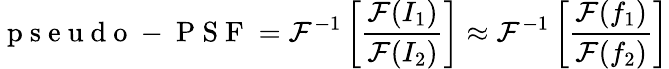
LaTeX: \mathrm{~p~s~e~u~d~o~-~P~S~F~}=\mathcal{F}^{-1}\left[\frac{\mathcal{F}(I_{1})}{\mathcal{F}(I_{2})}\right]\approx\mathcal{F}^{-1}\left[\frac{\mathcal{F}(f_{1})}{\mathcal{F}(f_{2})}\right]